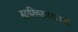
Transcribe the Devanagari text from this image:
सदाशिवरावभाऊही